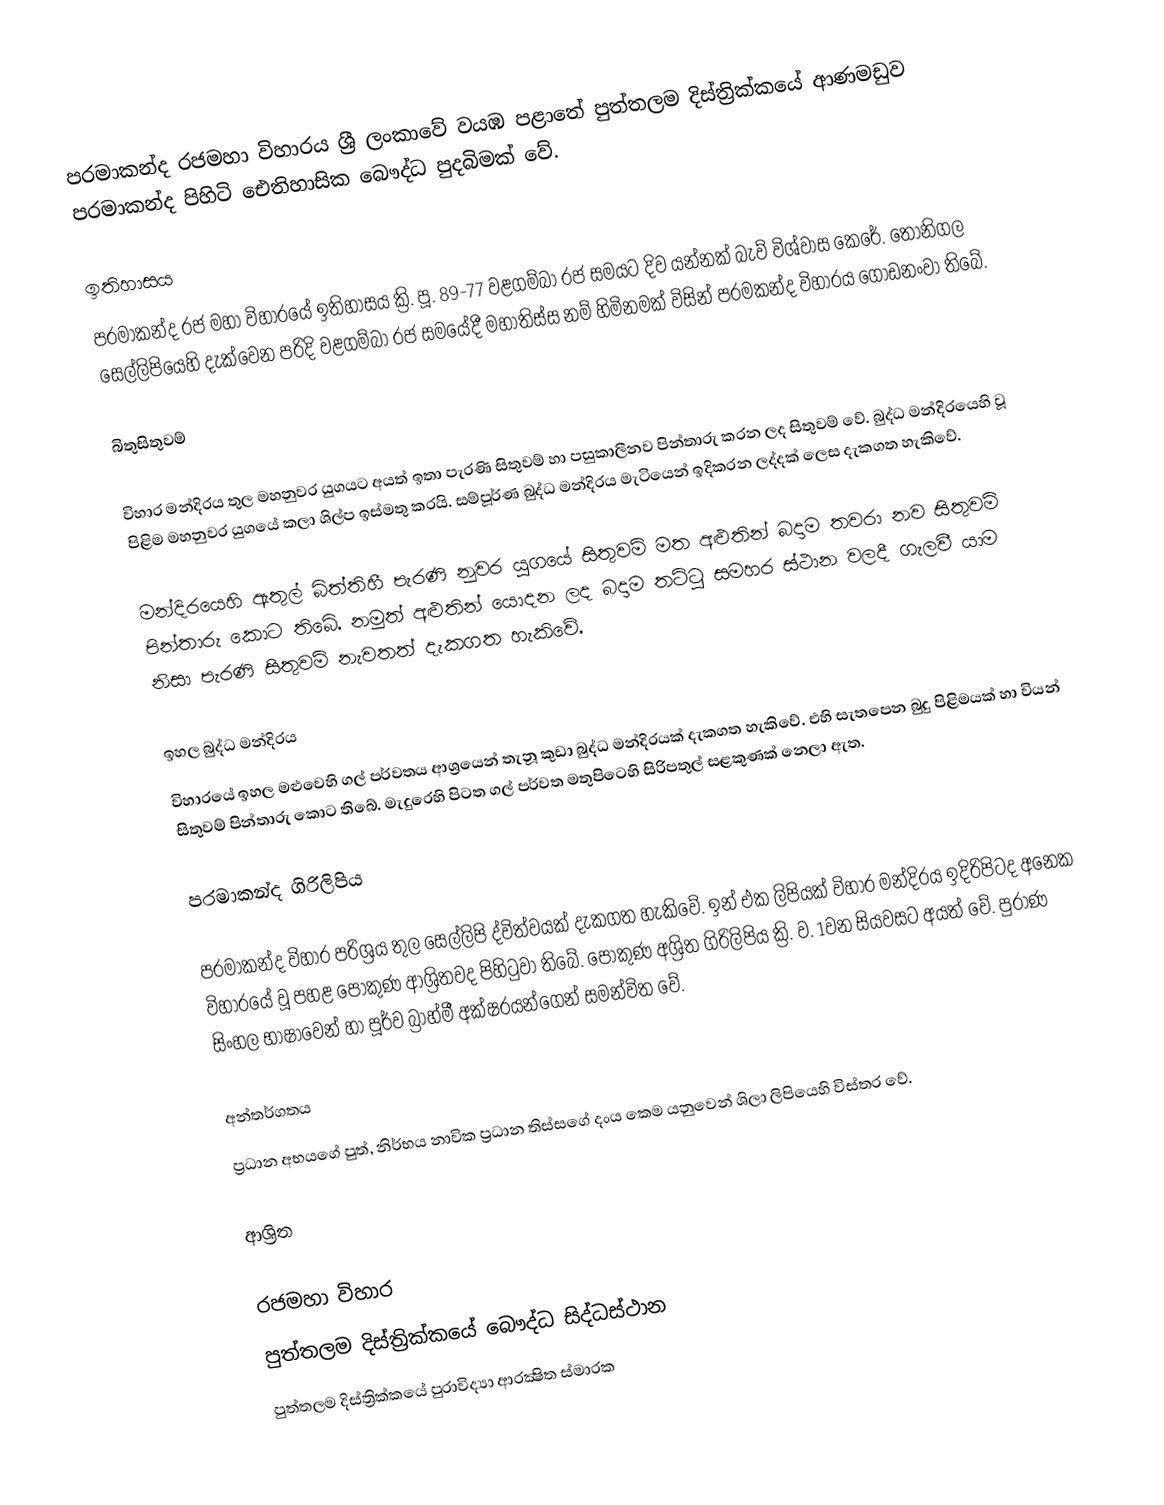
පරමාකන්ද රජමහා විහාරය ශ්‍රී ලංකාවේ වයඹ පළාතේ පුත්තලම දිස්ත්‍රික්කයේ ආණමඩුව පරමාකන්ද පිහිටි ඓතිහාසික බෞද්ධ පුදබිමක් වේ.

ඉතිහාසය
පරමාකන්ද රජ මහා විහාරයේ ඉතිහාසය ක්‍රි. පූ. 89-77 වළගම්බා රජ සමයට දිව යන්නක් බැව් විශ්වාස කෙරේ. තෝනිගල සෙල්ලිපියෙහි දැක්වෙන පරිදි වළගම්බා රජ සමයේදී මහාතිස්ස නම් හිමිනමක් විසින් පරමකන්ද විහාරය ගොඩනංවා තිබේ.

බිතුසිතුවම්

විහාර මන්දිරය තුල මහනුවර යුගයට අයත් ඉතා පැරණි සිතුවම් හා පසුකාලීනව පින්තාරු කරන ලද සිතුවම් වේ. බුද්ධ මන්දිරයෙහි වූ පිළිම මහනුවර යුගයේ කලා ශිල්ප ඉස්මතු කරයි. සම්පූර්ණ බුද්ධ මන්දිරය මැටියෙන් ඉදිකරන ලද්දක් ලෙස දැකගත හැකිවේ.

මන්දිරයෙහි ඇතුල් බිත්තිහී පැරණි නුවර යුගයේ සිතුවම් මත අළුතින් බදාම තවරා නව සිතුවම් පින්තාරු කොට තිබේ. නමුත් අළුතින් යොදන ලද බදාම තට්ටු සමහර ස්ථාන වලදී ගැලවී යාම නිසා පැරණි සිතුවම් නැවතත් දැකගත හැකිවේ.

ඉහල බුද්ධ මන්දිරය
විහාරයේ ඉහල මළුවෙහි ගල් පර්වතය ආශ්‍රයෙන් තැනූ කුඩා බුද්ධ මන්දිරයක් දැකගත හැකිවේ. එහි සැතපෙන බුදු පිළිමයක් හා වියන් සිතුවම් පින්තාරු කොට තිබේ. මැදුරෙහි පිටත ගල් පර්වත මතුපිටෙහි සිරිපතුල් සළකුණක් නෙලා ඇත.

පරමාකන්ද ගිරිලිපිය

පරමාකන්ද විහාර පරිශ්‍රය තුල සෙල්ලිපි ද්විත්වයක් දැකගත හැකිවේ. ඉන් එක ලිපියක් විහාර මන්දිරය ඉදිරිපිටද අනෙක විහාරයේ වූ පහළ පොකුණ ආශ්‍රිතවද පිහිටුවා තිබේ. පොකුණ අශ්‍රිත ගිරිලිපිය ක්‍රි. ව. 1වන සියවසට අයත් වේ. පුරාණ සිංහල භාෂාවෙන් හා පූර්ව බ්‍රාහ්මී අක්ෂරයන්ගෙන් සමන්විත වේ.

අන්තර්ගතය
ප්‍රධාන අභයගේ පුත්, නිර්භය නාවික ප්‍රධාන තිස්සගේ දංය කෙම යනුවෙන් ශිලා ලිපියෙහි විස්තර වේ.

ආශ්‍රිත

රජමහා විහාර
පුත්තලම දිස්ත්‍රික්කයේ බෞද්ධ සිද්ධස්ථාන‎
පුත්තලම දිස්ත්‍රික්කයේ පුරාවිද්‍යා ආරක්‍ෂිත ස්මාරක